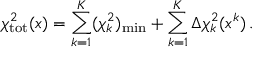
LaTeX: \chi _ { \mathrm { t o t } } ^ { 2 } ( x ) = \sum _ { k = 1 } ^ { K } ( \chi _ { k } ^ { 2 } ) _ { \mathrm { m i n } } + \sum _ { k = 1 } ^ { K } \Delta \chi _ { k } ^ { 2 } ( x ^ { k } ) \, .